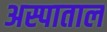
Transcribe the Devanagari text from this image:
अस्पाताल